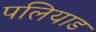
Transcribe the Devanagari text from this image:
पलियाड